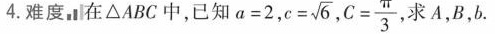
4.难度，在△ABC中，已知$$a = 2$$， $$c = \sqrt { 6 }$$ ， $$C = \frac { π } { 3 }$$ 求A，B，b.